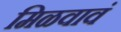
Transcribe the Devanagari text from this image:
मिळवावं